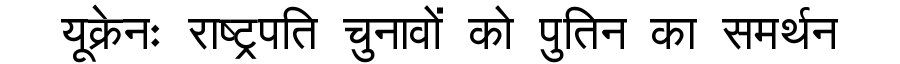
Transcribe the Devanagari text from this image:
यूक्रेनः राष्ट्रपति चुनावों को पुतिन का समर्थन